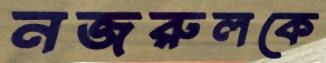
নজরুলকে